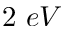
2 ~ e V